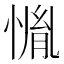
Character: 𱞳